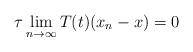
LaTeX: \begin{align*} \tau\lim_{n\to\infty} T(t)(x_n-x) = 0 \end{align*}